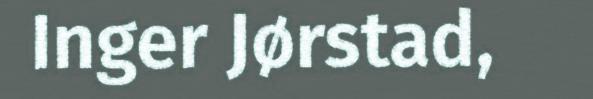
Inger Jørstad,